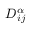
D _ { i j } ^ { \alpha }